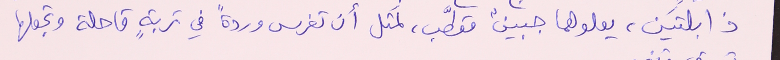
ذابلتَين، يعلوهما جبينٌ مقطَّب، لَمثل أن تغرس وردةً في تربةٍ قاحلة وتجعلها